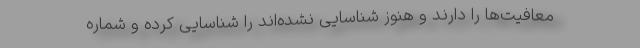
معافیت‌ها را دارند و هنوز شناسایی نشده‌اند را شناسایی کرده و شماره